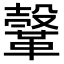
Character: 𩌥